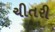
ચીતરી